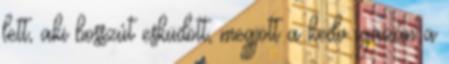
lett, aki bosszút esküdött, megjött a kedv igazán a